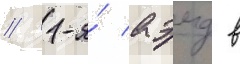
// 1-я́ аэмд в